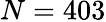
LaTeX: N=403